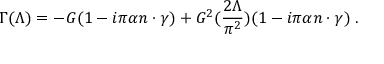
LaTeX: \Gamma ( \Lambda ) = - G ( 1 - i \pi \alpha n \cdot \gamma ) + G ^ { 2 } ( \frac { 2 \Lambda } { \pi ^ { 2 } } ) ( 1 - i \pi \alpha n \cdot \gamma ) \; .